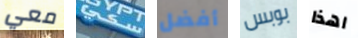
معي سكي أفضل بوبس اهذا